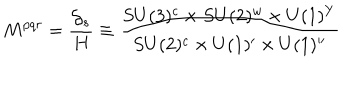
M ^ { p q r } = \frac { { \cal G } _ { s } } { H } \equiv \frac { S U ( 3 ) ^ { c } \times S U ( 2 ) ^ { w } \times U ( 1 ) ^ { Y } } { S U ( 2 ) ^ { c } \times U ( 1 ) ^ { \prime } \times U ( 1 ) ^ { \prime \prime } }